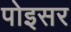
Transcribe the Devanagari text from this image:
पोइसर